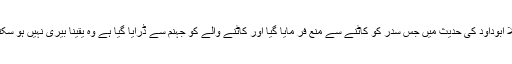
مثلاً ابوداود کی حدیث میں جس سدر کو کاٹنے سے منع فر مایا گیا اور کاٹنے والے کو جہنم سے ڈرایا گیا ہے وہ یقینا بیری نہیں ہو سکتا ۔